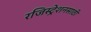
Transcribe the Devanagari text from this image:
रजिस्ट्रेशनसाठी